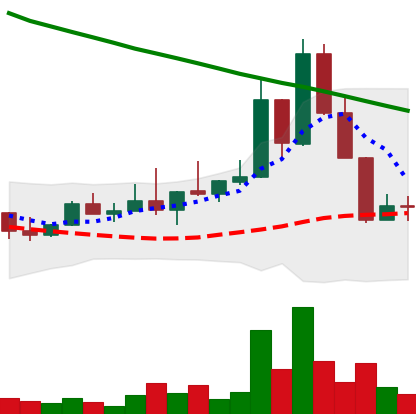
Ticker: DOGE-USD
Chart end date: 2022-08-21
Forward return: -8.461%
Label: down_7plus